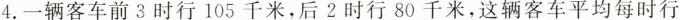
4.一辆客车前3时行105千米，后2时行80千米，这辆客车平均每时行